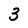
Character: 3